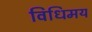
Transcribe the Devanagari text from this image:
विधिमय